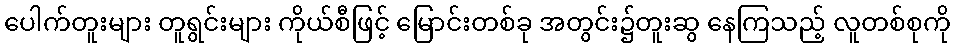
ပေါက်တူးများ တူရွင်းများ ကိုယ်စီဖြင့် မြောင်းတစ်ခု အတွင်း၌တူးဆွ နေကြသည့် လူတစ်စုကို